Scientific memoirs by medical officers of the Army of India - Part XI,
Year: 1898
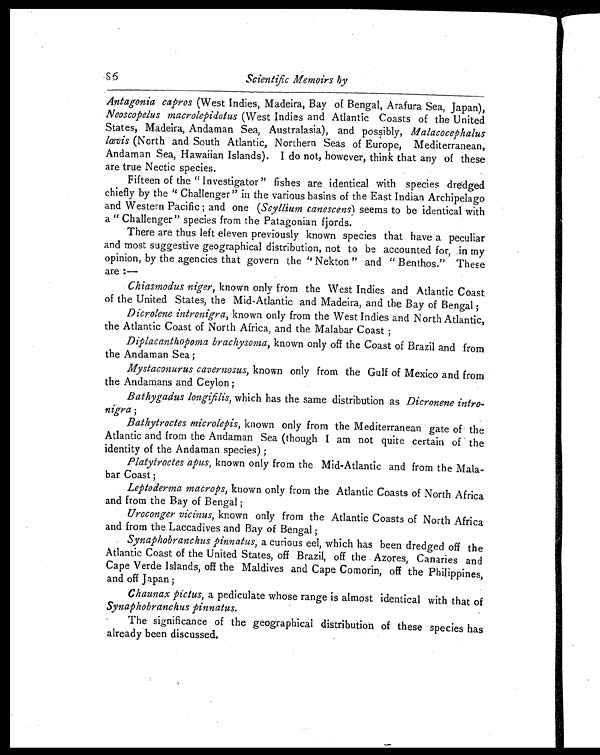
86 Scientific Memoirs by
Antagonia capros (West Indies, Madeira, Bay of Bengal, Arafura Sea, Japan),
Neoscopelus macrolepidotus (West Indies and Atlantic Coasts of the United
States, Madeira, Andaman Sea, Australasia), and possibly, Malacocephalus
lœvis (North and South Atlantic, Northern Seas of Europe, Mediterranean,
Andaman Sea, Hawaiian Islands). I do not, however, think that any of these
are true Nectic species.
Fifteen of the "Investigator" fishes are identical with species dredged
chiefly by the "Challenger" in the various basins of the East Indian Archipelago
and Western Pacific; and one ( Scyllium canescens) seems to be identical with
a "Challenger" species from the Patagonian fjords.
There are thus left eleven previously known species that have a peculiar
and most suggestive geographical distribution, not to be accounted for, .in my
opinion, by the agencies that govern the "Nekton" and "Benthos." These
are :—
Chiasmodus niger, known only from the West Indies and Atlantic Coast
of the United States, the Mid-Atlantic and Madeira, and the Ba0y of Bengal;
Dicrolene intronigra, known only from the West Indies and North Atlantic,
the Atlantic Coast of North Africa, and the Malabar Coast;
Diplacanthopoma brachysoma, known only off the Coast of Brazil and from
the Andaman Sea;
Mystaconurus cavernosus, known only from the Gulf of Mexico and from
the Andamans and Ceylon;
Bathygadus longifilis, which has the same distribution as Dicronene intro-
nigra
Bathytroctes microlepis, known only from the Mediterranean gate of the
Atlantic and from the Andaman Sea (though I am not quite certain of the
identity of the Andaman species);
Platytroctes apus, known only from the Mid-Atlantic and from the Mala-
bar Coast;
Leptoderma macrops, known only from the Atlantic Coasts of North Africa
and from the Bay of Bengal;
Uroconger vicinus, known only from the Atlantic Coasts of North Africa
and from the Laccadives and Bay of Bengal;
Synaphobranchus pinnatus, a curious eel, which has been dredged off the
Atlantic Coast of the United States, off Brazil, off the Azores, Canaries and
Cape Verde Islands, off the Maldives and Cape Comorin, off the Philippines,
and off Japan;
Chaunax pictus, a pediculate whose range is almost identical with that of
Synaphobranchus pinnatus.
The significance of the geographical distribution of these species has
already been discussed.